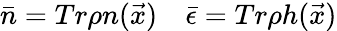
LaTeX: \bar{n}=Tr\rho n(\vec{x})\quad\bar{\epsilon}=Tr\rho h(\vec{x})